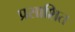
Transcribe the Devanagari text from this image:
प्रसाशित